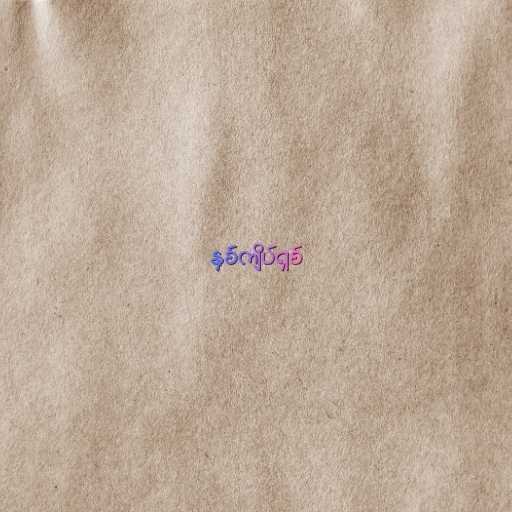
နှစ်ကျိပ်ရှစ်